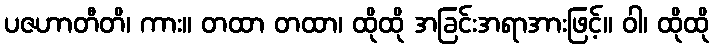
ပဇဟာတီတိ၊ ကား။ တထာ တထာ၊ ထိုထို အခြင်းအရာအားဖြင့်။ ဝါ၊ ထိုထို